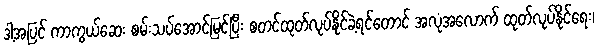
ဒါ့အပြင် ကာကွယ်ဆေး စမ်းသပ်အောင်မြင်ပြီး စတင်ထုတ်လုပ်နိုင်ခဲ့ရင်တောင် အလုံအလောက် ထုတ်လုပ်နိုင်ရေး၊